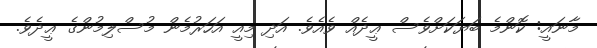
މާނައީ: ކޮންމެ ބަޔަކަށްވެސް ޢީދެއް ވެއެވެ. އަދި މިއީ އަހަރުމެން މުސްލިމުންގެ ޢީދެވެ.